Rapla_vallakohus, lk 14
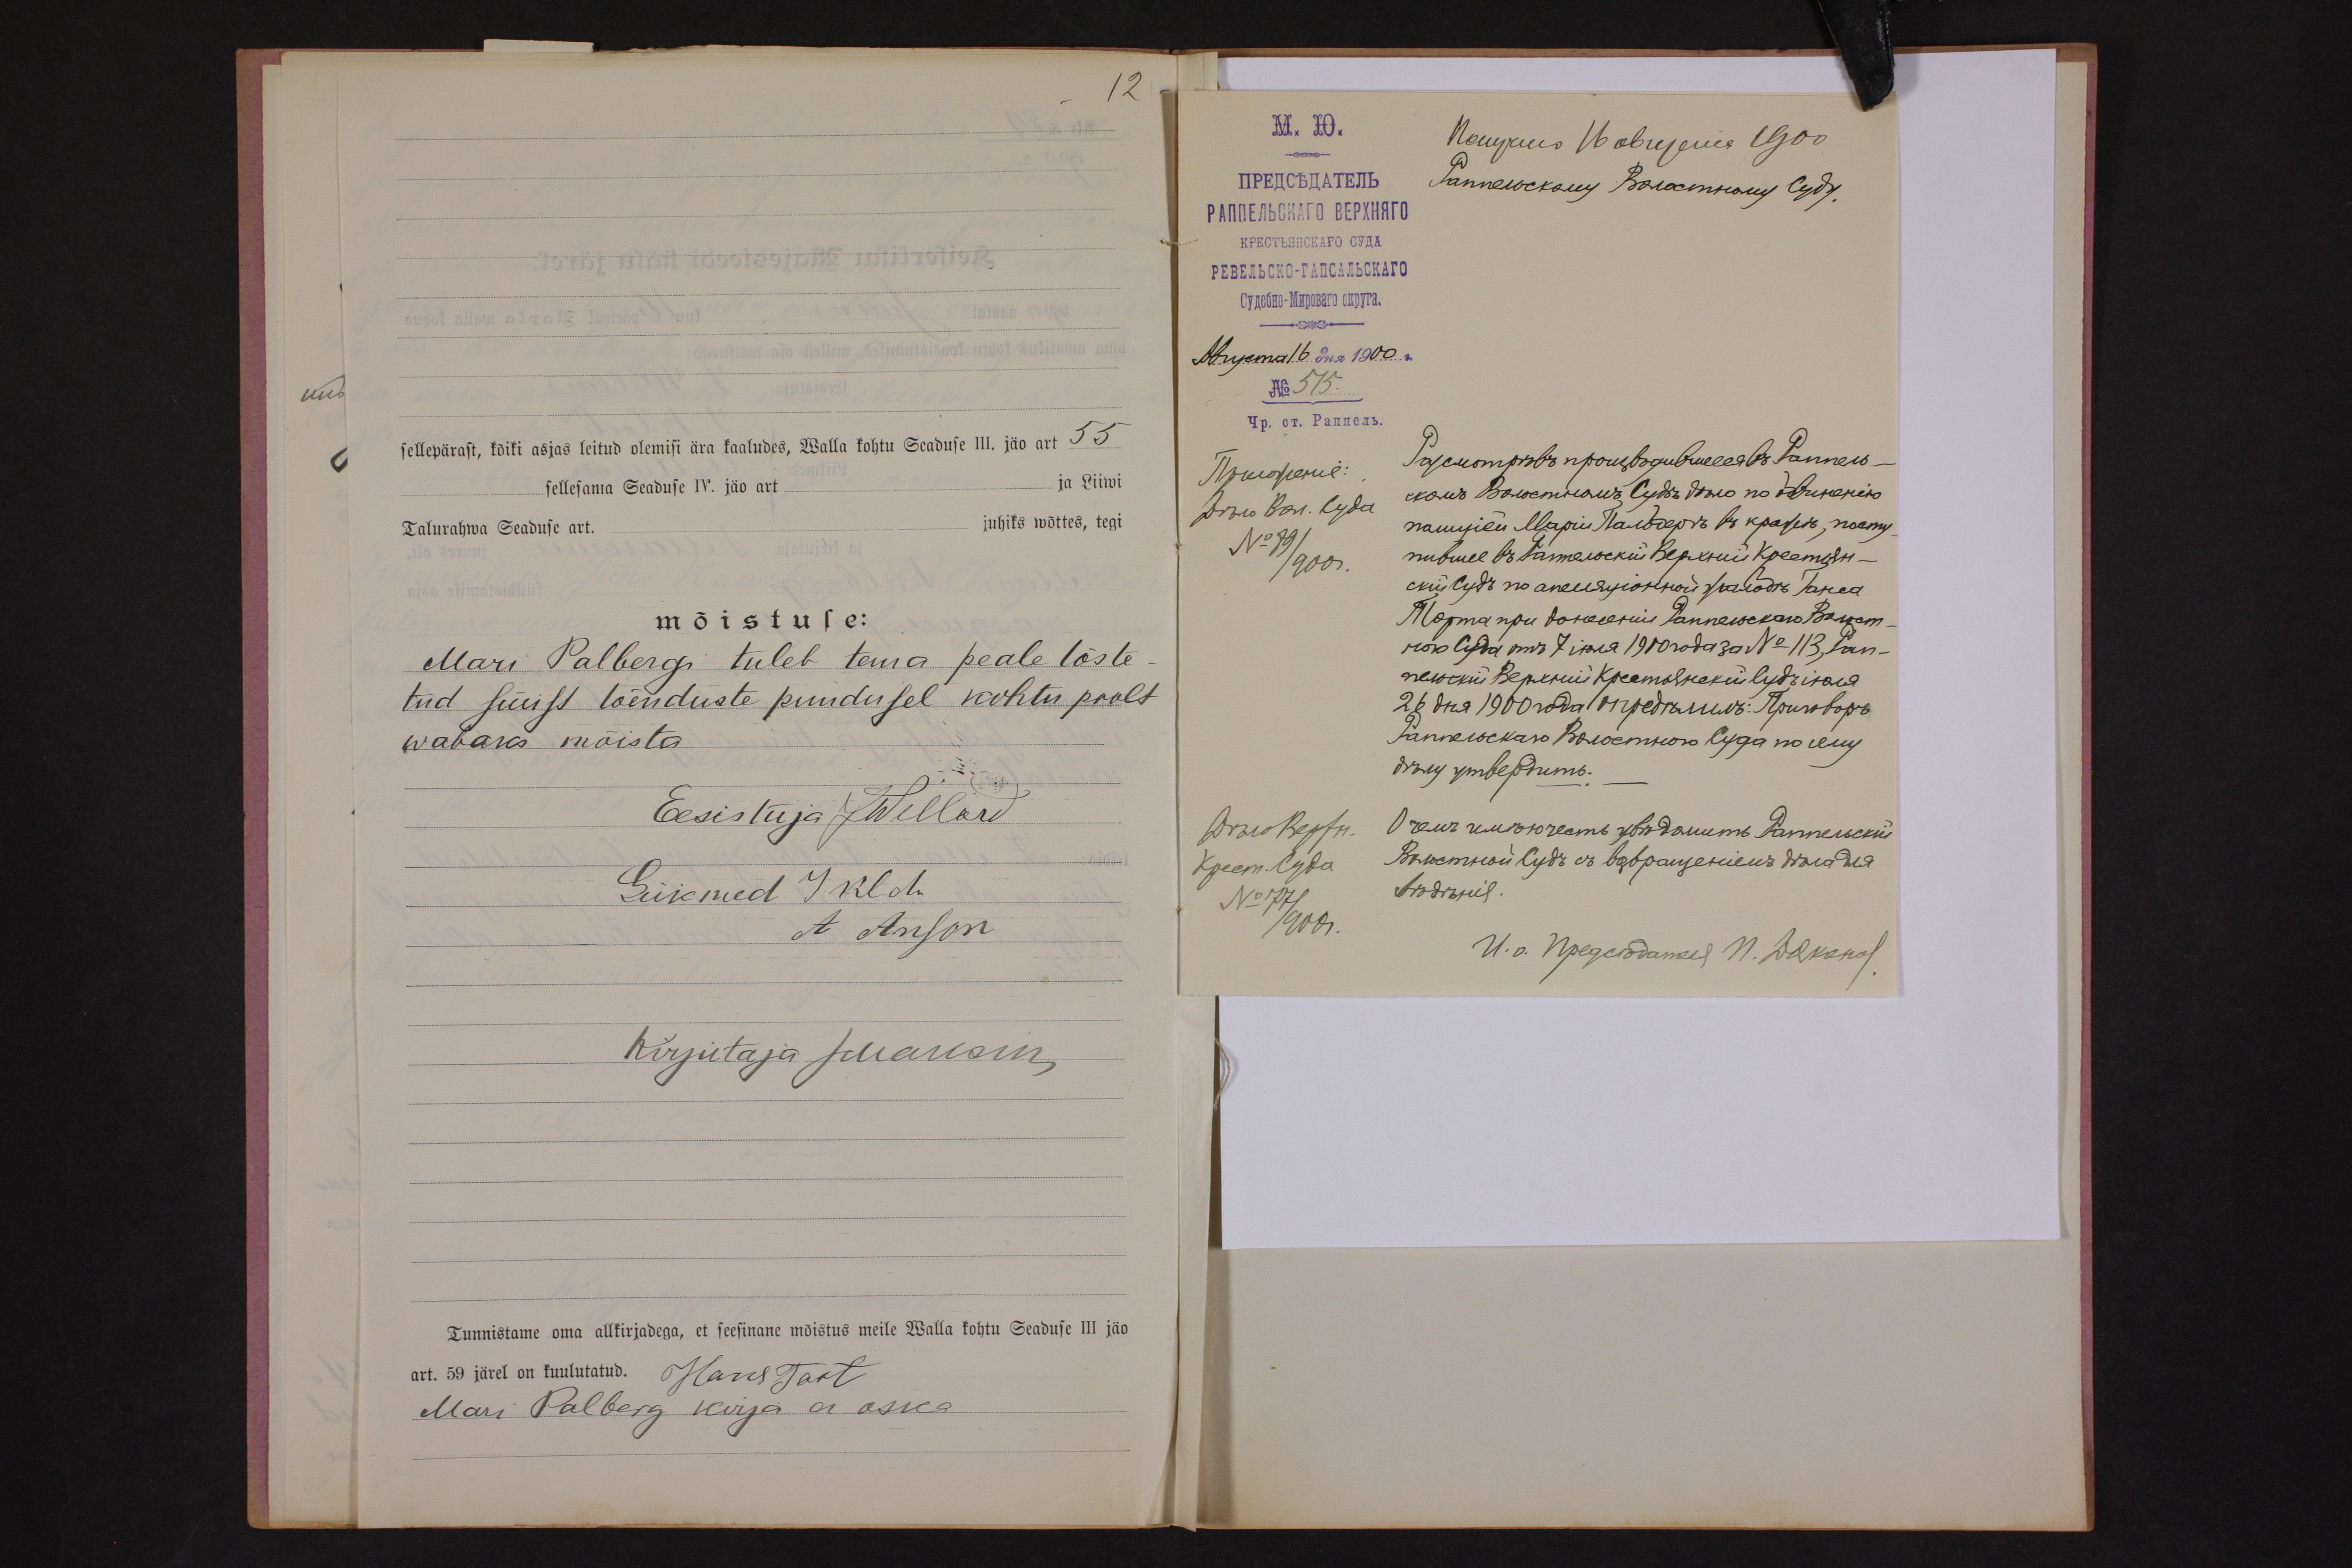
12
sellepärast, kõiki asjas leitud olemisi ära kaaludes, Walla kohtu Seaduse III, jäo art 55
sellesama Seaduse IV. jäo art
ja Liiwi
Talurahwa Seaduse art.
juhiks wõttes, tegi
mõistuse:
Mari Palbergi tuleb tema peale tõste-
tud süüst tõenduste puudusel kohtu poolt
wabaks mõista
Eesistuja JWellard
Liikmed Jakob
A Anson
Kirjutaja juuresin
Tunnistame oma allkirjadega, et seesinane mõistus meile Walla kohtu Seaduse III jäo
art. 59 järel on kuulutatud. Hans Tort
Mari Palberg kirja ei oska